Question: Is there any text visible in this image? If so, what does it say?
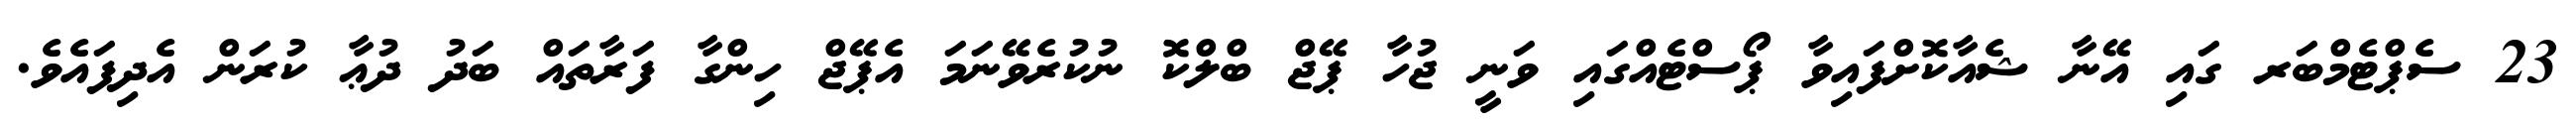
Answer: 23 ސެޕްޓެމްބަރ ގައި އޭނާ ޝެއާކޮށްފައިވާ ޕޯސްޓެއްގައި ވަނީ ޖުހާ ޕޭޖް ބްލްކޮ ނުކުރެވޭނަމަ އެޕޭޖް ހިންގާ ފަރާތައް ބަދު ދުޢާ ކުރަން އެދިފައެވެ.